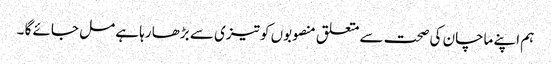
ہم اپنے ماچان کی صحت سے متعلق منصوبوں کو تیزی سے بڑھا رہا ہے مل جائے گا ۔